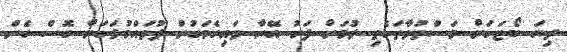
ދިޔަ ބޯޓަކަށް މަސްތުވާތަކެތި ލުމަށް ފަހު އޭނާ ވައިގެމަގުން ފުވައްމުލަކަށް ގޮސް ގެން